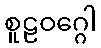
စူဠဝဂ္ဂေါ